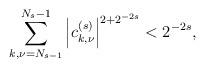
LaTeX: \begin{align*}\sum_{k,\nu=N_{s-1}}^{ N_s-1}\left|c_{k,\nu}^{(s)}\right|^{2+2^{-2s}}< 2^{-2s},\end{align*}